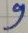
Text: 9